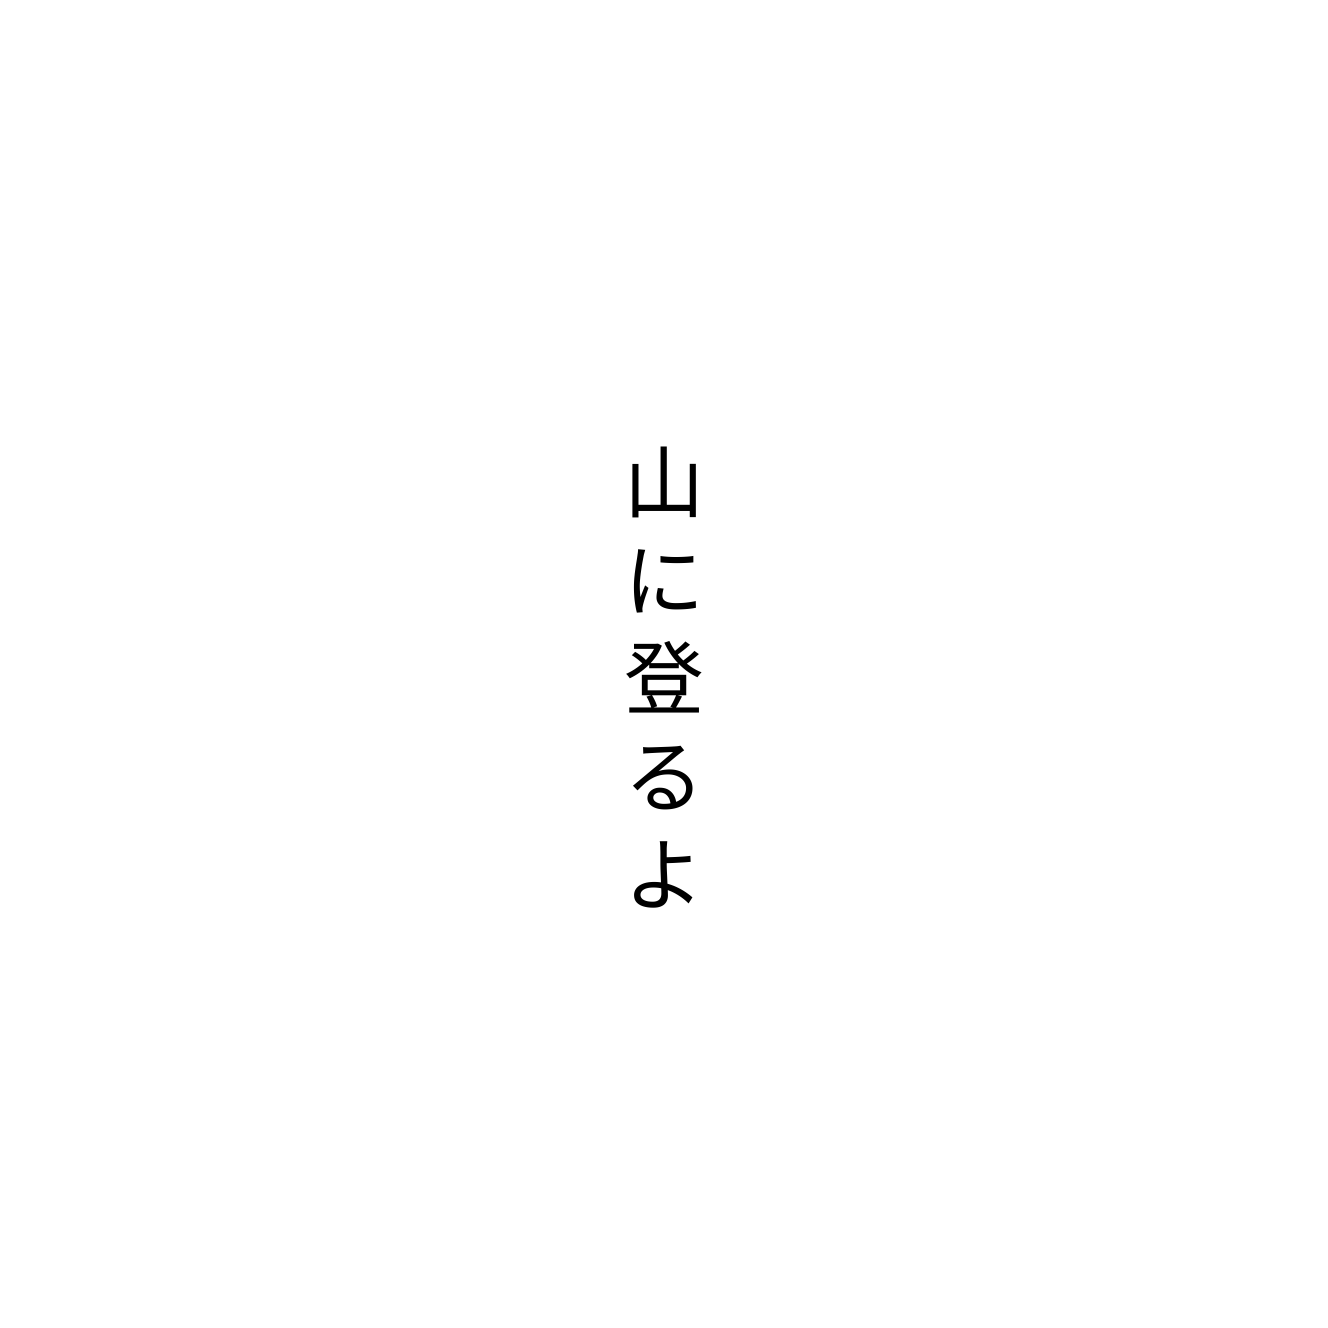
山に登るよ